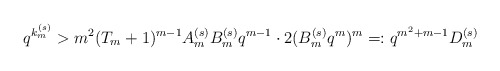
\begin{align*} q^{k_{m}^{(s)}}>m^{2}(T_{m}+1)^{m-1}A_{m}^{(s)}B_{m}^{(s)}q^{m-1}\cdot 2(B_{m}^{(s)}q^{m})^{m}=:q^{m^{2}+m-1}D_{m}^{(s)}\end{align*}